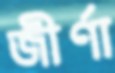
জীর্ণা